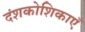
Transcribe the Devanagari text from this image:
दंशकोशिकाएँ